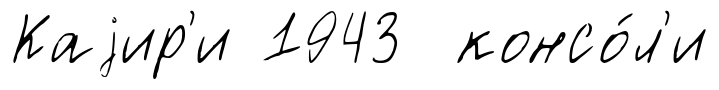
Каjир'и 1943 консо́л'и